Indian journal of veterinary science and animal husbandry - Volume 8,
Year: 1938
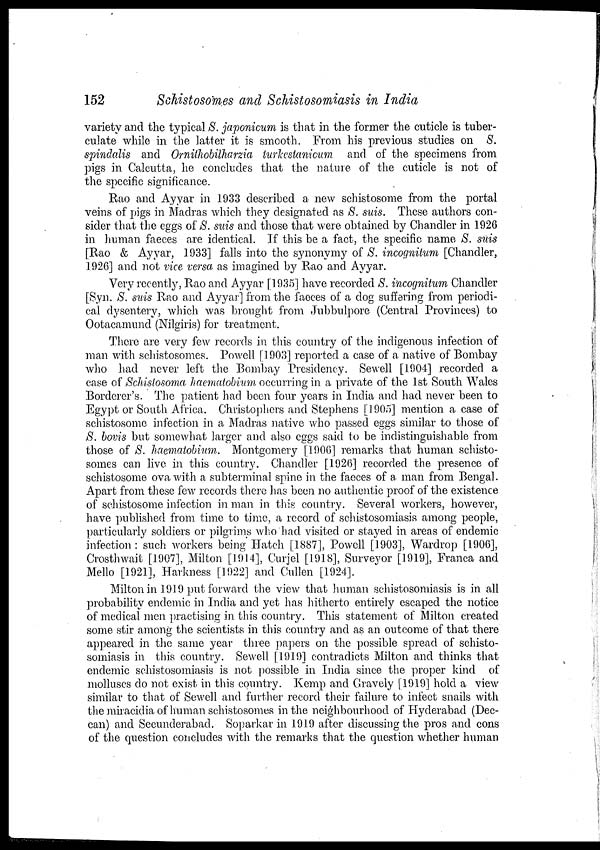
152
Schistosomes and Schistosomiasis in India
variety and the typical S. japonicum is that in the former the cuticle is tuber-
culate while in the latter it is smooth. From his previous studies on S.
spindalis and Ornithobilharzia turkestanicum and. of the specimens from
pigs in Calcutta, he concludes that the nature of the cuticle is not of
the specific significance.
Rao and Ayyar in 1933 described a new schistosome from the portal
veins of pigs in Madras which they designated as S. suis. These authors con-
sider that the eggs of S. suis and those that were obtained by Chandler in 1926
in human faeces are identical. If this be a fact, the specific name S. suis
[Rao & Ayyar, 1933] falls into the synonymy of S. incognitum [Chandler,
1926] and not vice versa as imagined by Rao and Ayyar.
Very recently, Rao and Ayyar [1935] have recorded S. incognitum Chandler
[Syn. S. suis Rao and Ayyar] from the faeces of a dog suffering from periodi-
cal dysentery, which was brought from Jubbulpore (Central Provinces) to
Ootacamund (Nilgiris) for treatment.
There are very few records in this country of the indigenous infection of
man with schistosomes. Powell [1903] reported a case of a native of Bombay
who had never left the Bombay Presidency. Sewell [1904] recorded a
case of Schistosoma haematobium occurring in a private of the 1st South Wales
Borderer's. The patient had been four years in India and had never been to
Egypt or South Africa. Christophers and Stephens [1905] mention a case of
schistosome infection in a Madras native who passed eggs similar to those of
S. bovis but somewhat larger and also eggs said to be indistinguishable from
those of S. haematobium. Montgomery [1906] remarks that human schisto-
somes can live in this country. Chandler [1926] recorded the presence of
schistosome ova with a subterminal spine in the faeces of a. man from Bengal.
Apart from these few records there has been no authentic proof of the existence
of schistosome infection in man in this country. Several workers, however,
have published from time to time, a record of schistosomiasis among people,
particularly soldiers or pilgrims who had visited or stayed in areas of endemic
infection: such workers being Hatch [1887], Powell [1903], Wardrop [1906],
Crosthwait [1907], Milton [1914], Curjel [1918], Surveyor [1919], Franca and
Mello [1921], Harkness [1922] and Cullen [1924].
Milton in 1919 put forward the view that human schistosomiasis is in all
probability endemic in India and yet has hitherto entirely escaped the notice
of medical men practising in this country. This statement of Milton created
some stir among the scientists in this country and as an outcome of that there
appeared in the same year three papers on the possible spread of schisto-
somiasis in this country. Sewell [1919] contradicts Milton and thinks that
endemic schistosomiasis is not possible in India since the proper kind of
molluscs do not exist in this country. Kemp and Gravely [1919] hold a view
similar to that of Sewell and further record their failure to infect snails with
the miracidia of human schistosomes in the neighbourhood of Hyderabad (Dec-
can) and Secunderabad. Soparkar in 1919 after discussing the pros and cons
of the question concludes with the remarks that the question whether human